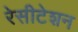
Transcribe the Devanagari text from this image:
रेसीटेशन